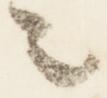
々